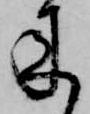
来